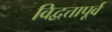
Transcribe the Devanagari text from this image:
विद्वत्तापूर्व